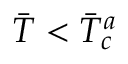
\Bar { T } < \Bar { T } _ { c } ^ { a }